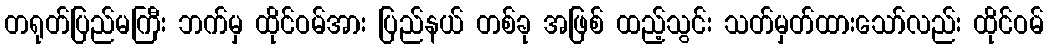
တရုတ်ပြည်မကြီး ဘက်မှ ထိုင်ဝမ်အား ပြည်နယ် တစ်ခု အဖြစ် ထည့်သွင်း သတ်မှတ်ထားသော်လည်း ထိုင်ဝမ်